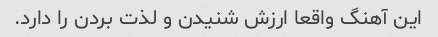
این آهنگ واقعا ارزش شنیدن و لذت بردن را دارد.